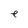
Character: e